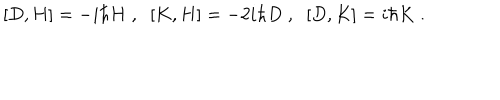
LaTeX: [ D , H ] = - i \hbar H \; , \; \; [ K , H ] = - 2 i \hbar D \; , \; \; [ D , K ] = i \hbar K \; .